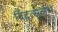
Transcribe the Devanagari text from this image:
विद्वत्सुलभ